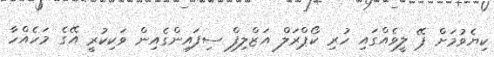
ކިޔެވުމަށް ޕޭ ލީވެއްގައި ހުރި ކޯޕްރަލް އަޒްލިފް ސިފައިންގެއިން ވަކިކުރީ އޭގެ މަހެއްހާ